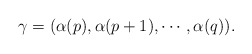
\begin{align*}\gamma=(\alpha(p), \alpha(p+1), \cdots, \alpha(q)). \end{align*}